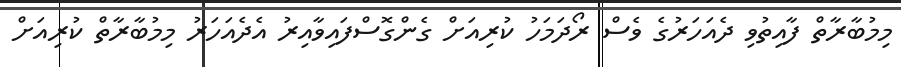
މިމުބާރާތް ފާއިތުވި ދެއަހަރުގެ ވެސް ރޯދަމަހު ކުރިއަށް ގެންގޮސްފައިވާއިރު އެދެއަހަރު މިމުބާރާތް ކުރިއަށް